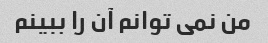
من نمی توانم آن را ببینم